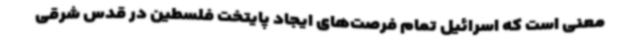
معنی است که اسرائیل تمام فرصت‌های ایجاد پایتخت فلسطین در قدس شرقی